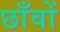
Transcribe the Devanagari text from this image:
छाँवों